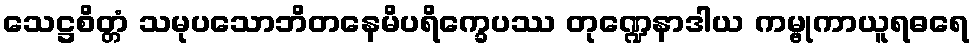
သေဋ္ဌစိတ္တံ သမုပသောဘိတနေမိပရိက္ခေပဿ တုဏ္ဍေနာဒါယ ကမ္ဗုကာယူရဓရေ